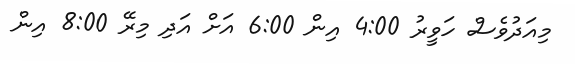
މިއަދުވެސް ހަވީރު 4:00 އިން 6:00 އަށް އަދި މިރޭ 8:00 އިން